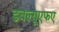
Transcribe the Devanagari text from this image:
डबल्यूएफए